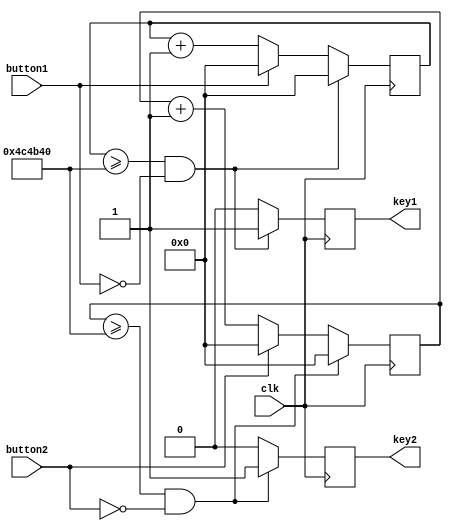
`timescale 1ns / 1ps
//////////////////////////////////////////////////////////////////////////////////
// Company: 
// Engineer: 
// 
// Design Name: 
// Module Name: BUTTON
// Project Name: 
// Target Devices: 
// Tool Versions: 
// Description: 
// 
// Dependencies: 
// 
// Revision:
// Revision 0.01 - File Created
// Additional Comments:
// 
//////////////////////////////////////////////////////////////////////////////////


module BUTTON(input clk,input button1,input button2,output reg key1,output reg key2);
 reg [22:0]count1;
 reg [22:0]count2;
   always@(posedge clk)
    begin
        if(count1>=23'd5000000&&(!button1))begin count1<=23'd0;key1<=1;end
        else if(!button1)begin count1<=count1+23'd1;key1<=0;end
        else begin count1<=23'd0;key1<=0;end
    end
    
    //always@(posedge clk)
    //begin
     //   if(count1==23'd1485000) key1<=1'b1;
     //   else key1<=0;
   // end
 ///////////////////////////////////////////   
 always@(posedge clk)
    begin
        if(count2>=23'd5000000&&(!button2))begin count2<=1'd0;key2<=1;end
        else if(!button2)begin count2<=count2+1'd1;key2<=0;end
        else begin count2<=1'd0;key2<=0;end
    end
    
  //  always@(posedge clk)
  //  begin
   //     if(count2==23'd1485000) key2<=1'b1;
     //   else key2<=0;
    //end
    
    
endmodule